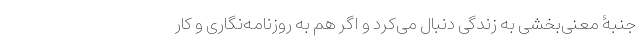
جنبۀ معنی‌بخشی به زندگی دنبال می‌کرد و اگر هم به روزنامه‌نگاری و کار